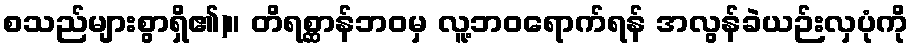
စသည်များစွာရှိ၏)။ တိရစ္ဆာန်ဘဝမှ လူ့ဘဝရောက်ရန် အလွန်ခဲယဉ်းလှပုံကို